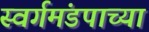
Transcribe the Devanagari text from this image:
स्वर्गमंडपाच्या